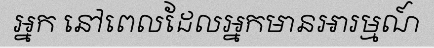
អ្នក នៅពេលដែលអ្នកមានអារម្មណ៍